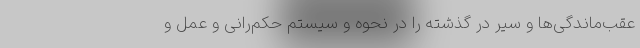
عقب‌ماندگی‌ها و سیر در گذشته را در نحوه و سیستم حکم‌رانی و عمل و